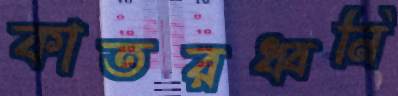
কাতরধ্বনি